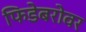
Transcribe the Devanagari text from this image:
फिडेबरोवर